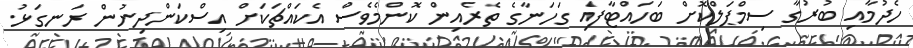
ހެދުމާއި ބުރުގާ ސިމްޕަލްކޮށް ބަހައްޓާފައި ގަހަނާގެ ތެރެއިން ކޮންމެވެސް އެކައްޗަކަށް އިސްކަންދިނުން ރަނގަޅު.